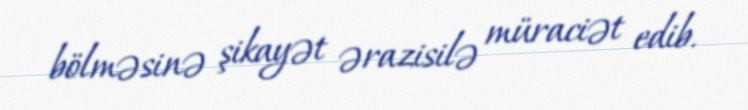
bölməsinə şikayət ərazisilə müraciət edib.